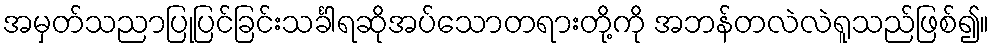
အမှတ်သညာပြုပြင်ခြင်းသင်္ခါရဆိုအပ်သောတရားတို့ကို အဘန်တလဲလဲရူသည်ဖြစ်၍။